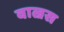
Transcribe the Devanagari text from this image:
वाल्रस